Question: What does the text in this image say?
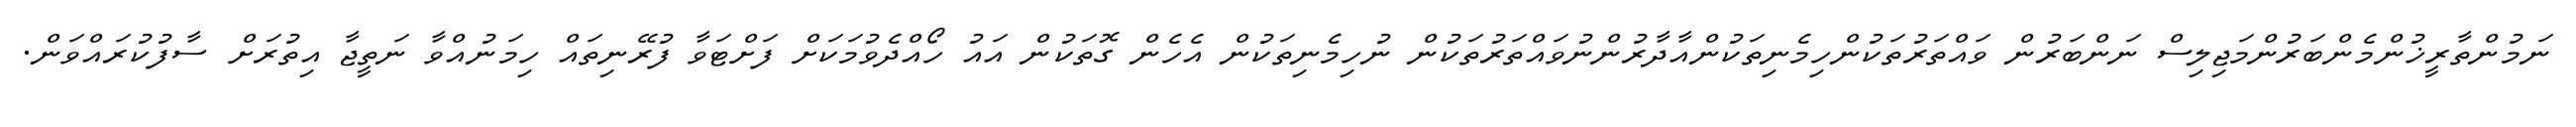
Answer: ނަމުންތާރީޚުންމެންބަރުންމަޖިލިސް ނަންބަރުން ވައްތަރުތަކުންހިމެނިތަކުންއާދާރުންނުވައްތަރުތަކުން ނުހިމެނިތަކުން އެހެން ގޮތަކުން އައު ހޯއްދެވުމަކަށް ފަށްޓަވާ ފުރޭނިތައް ހިމަނުއްވާ ނަތީޖާ އިތުރަށް ސާފުކުރައްވަން.